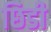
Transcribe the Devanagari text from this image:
छिडी